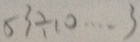
5 3 \div 1 0 \cdots 3